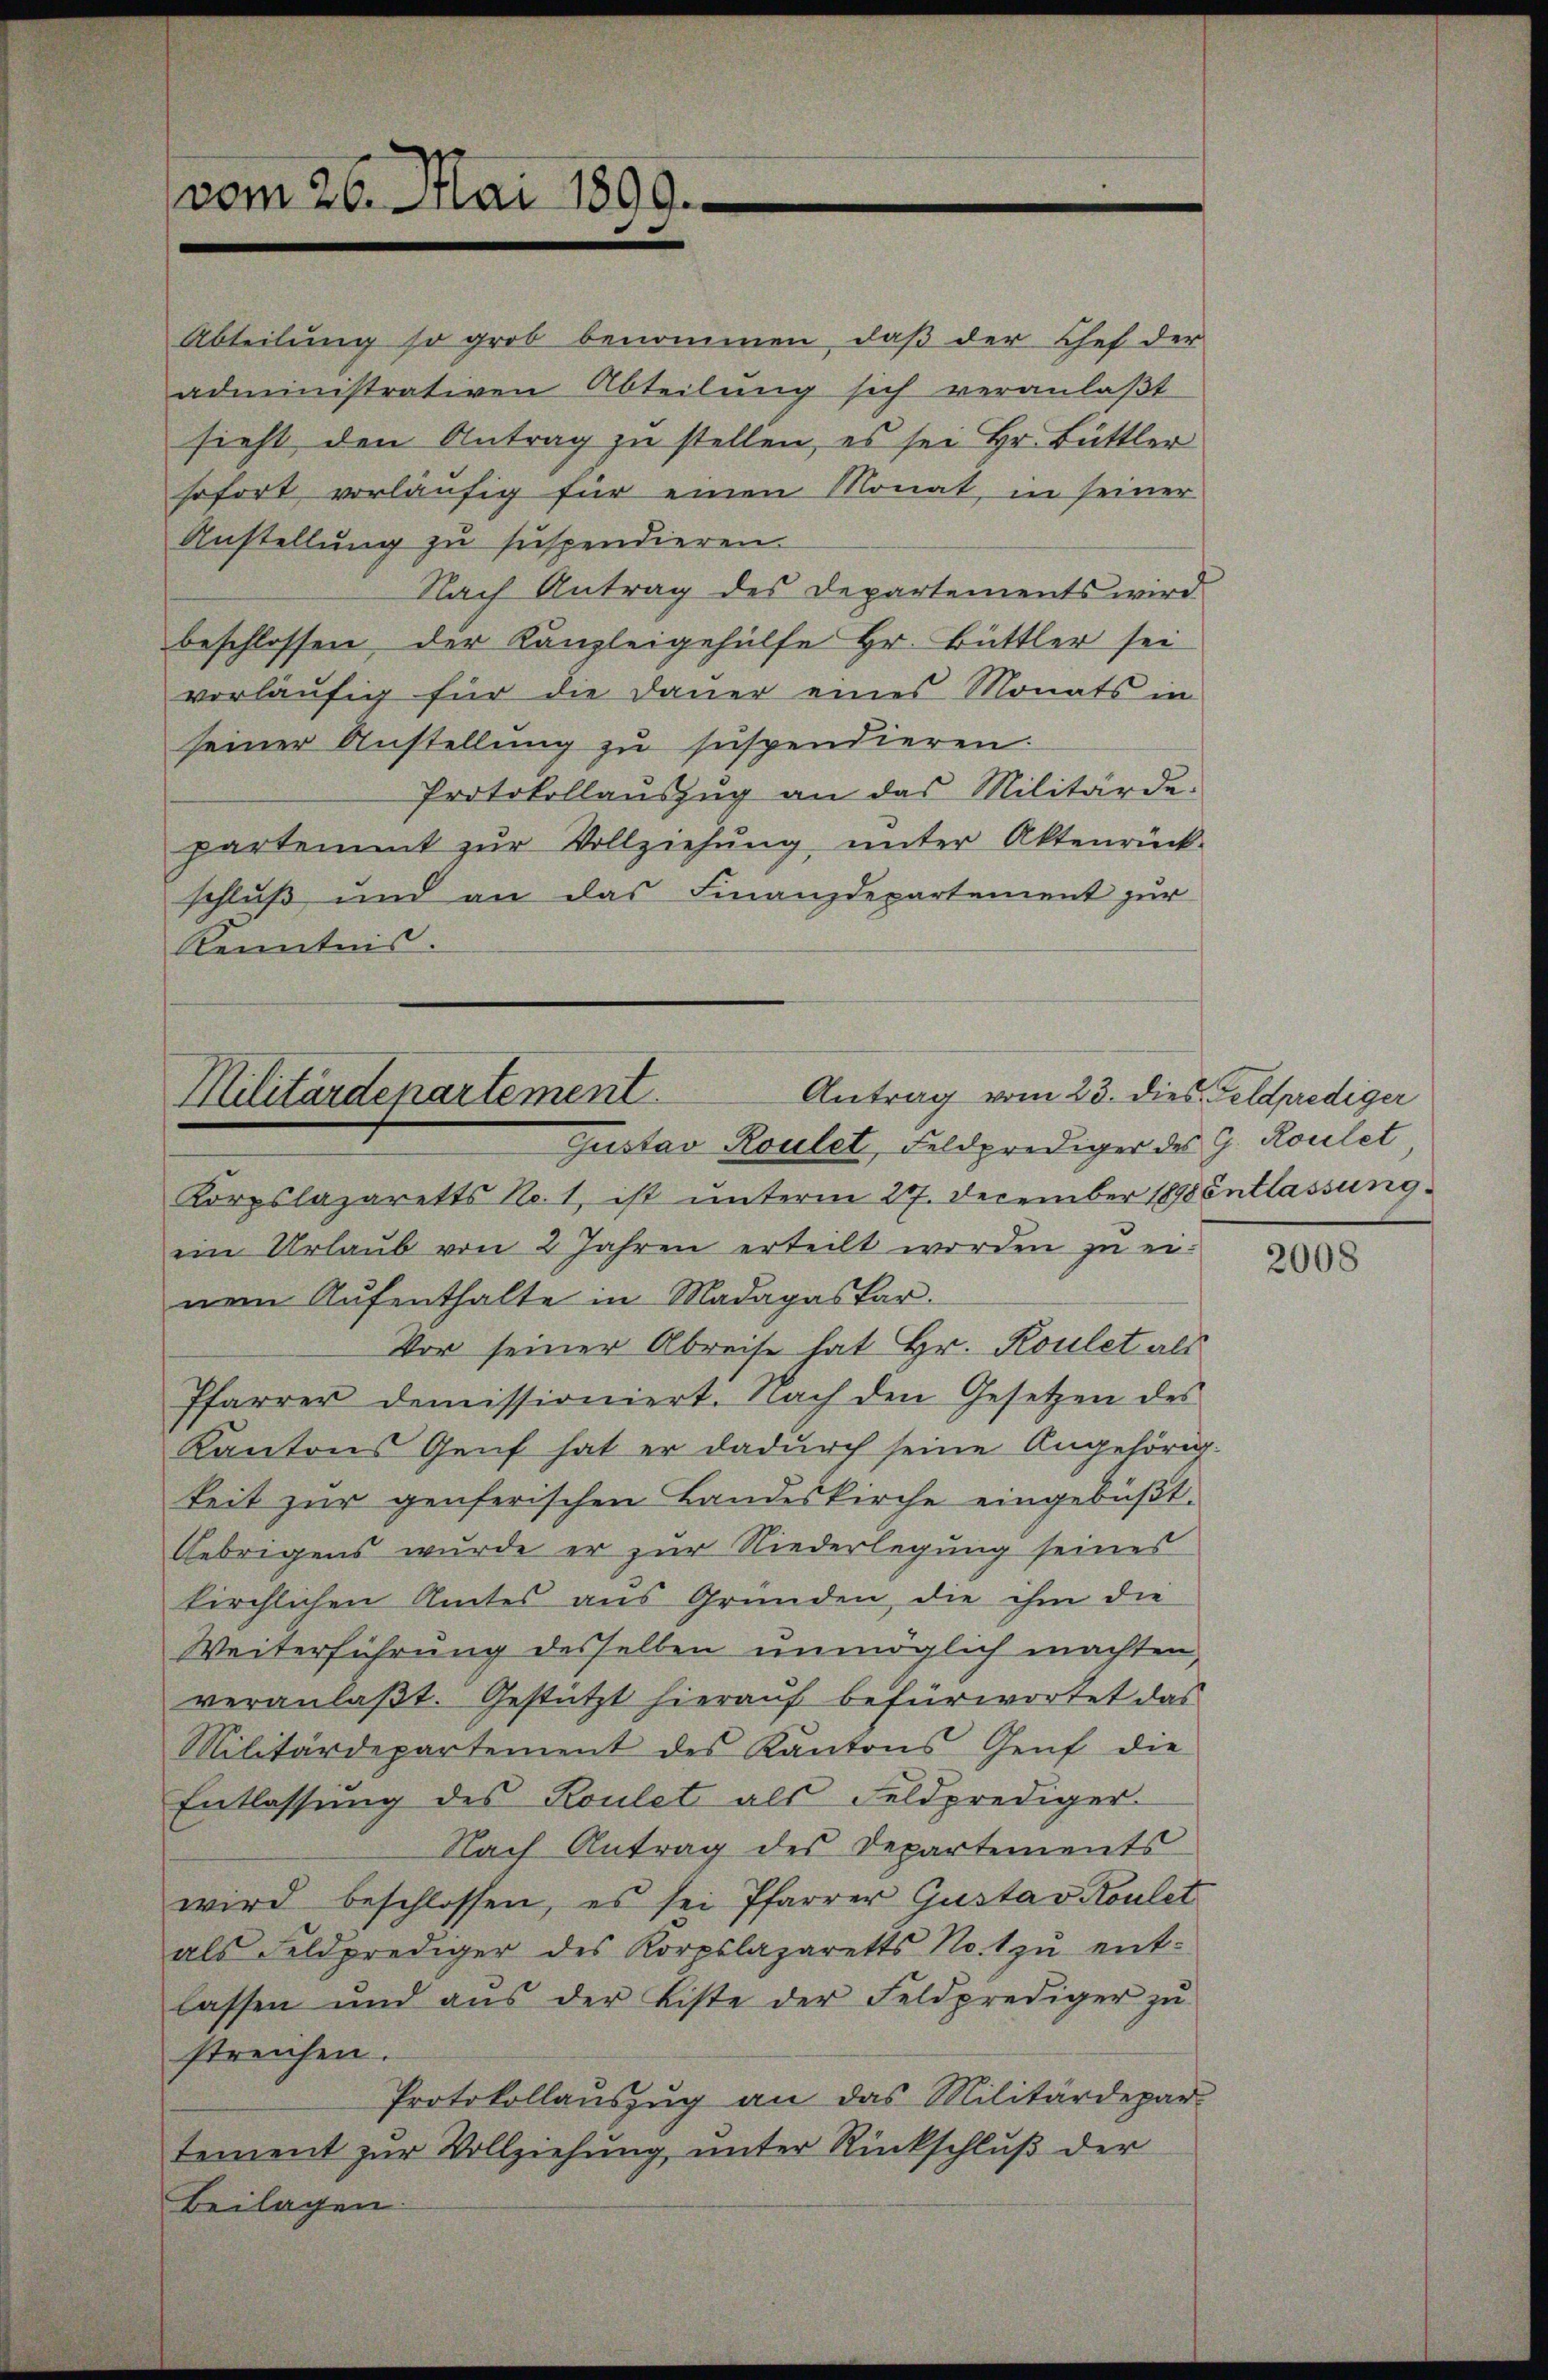
sofort vorläufig für einen Monat, in seiner
Anstellung zu suspendieren.
Nach Antrag des Departements wird
beschlossen der Kanzleigehülfe Hr. Büttler sei
vorläufig für die Dauer eines Monats in
seiner Anstellung zu suspendieren.
Protokollaŭszŭg an das Militärde-
partement zŭr Vollziehŭng ŭnter Aktenrück-
schluß und an das Finanzdepartement zur
Kenntnis.

vom 26. Mai 1899.

Abteilung so grob benommen, daß der Chef der
administrativen Abteilung sich veranlaßt
sieht den Antrag zu stellen, es sei Hr. Büttler

Antrag vom 23. dies Feldprediger
Militärdepartement
Gustav Roulet, Feldprediger des G. Roulet

Korpslazaretts No. 1, ist unterm 27. December 1898 entlassung
ein Urlaub von 2 Jahren erteilt worden zu einem Aŭfenthalte in Madapaspar
Vor seiner Abreise hat Hr. Koulet als
Pfarrer demissioniert. Nach den Gesetzen des
Kantons Genf hat er dadurch seine Angehörig-
keit zur genferischen Bandeskirche eingebüßt.
Gebrigens wurde er zur Niederlegung seines
kirchlichen Amtes aus Gründen, die ihm die
Weiterführung desselben unmöglich machten,
veranlaßt. Gestützt hierauf befürwortet das
Militärdepartement des Kantons Genf die
Entlassung des Koulet als Feldprediger-
Nach Antrag des Departements
wird beschlossen, es sei Pfarrer Gustav Koulet
als Feldprediger des Korpslazaretts Not zŭ ent-
lassen und aŭs der Liste der Feldprediger zŭ
streichen.
Protokollauszug an das Militärdepar-
tement zur Vollziehung unter Rückschluß der
Beilagen

2008